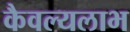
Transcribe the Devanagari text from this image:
कैवल्यलाभ